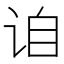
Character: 𬣰